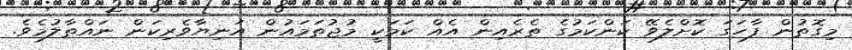
މިގޮތުން ފާހަގަ ކޮށްލެވޭ ކަންކަމުގެ ތެރެއިން އެއް ކަމަކީ މުޖުތަމައުން އަނިޔާވެރިކަން ނައްތާލުމެވެ.